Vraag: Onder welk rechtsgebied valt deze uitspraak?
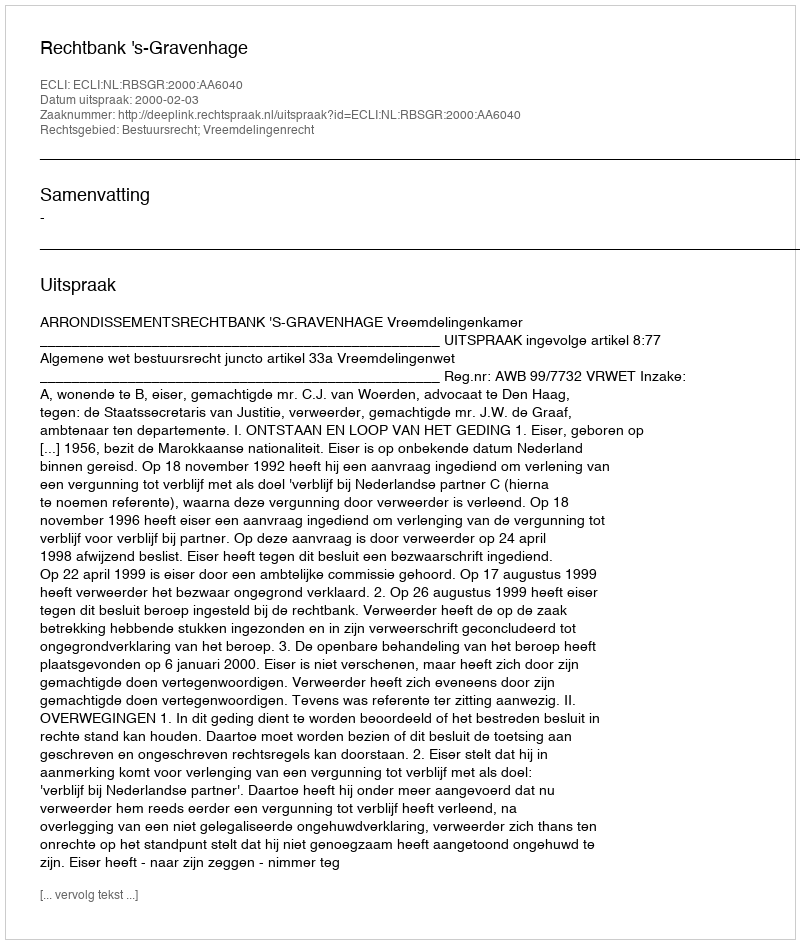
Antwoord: Bestuursrecht; Vreemdelingenrecht